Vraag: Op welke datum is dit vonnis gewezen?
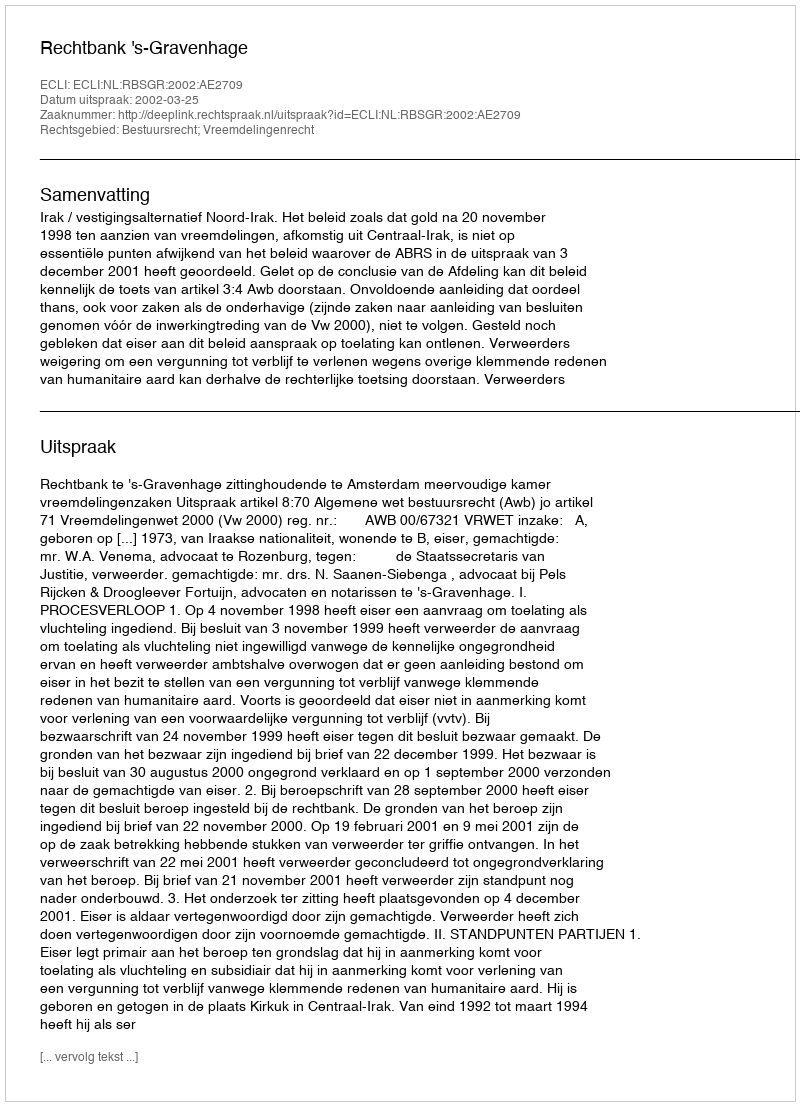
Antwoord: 2002-03-25